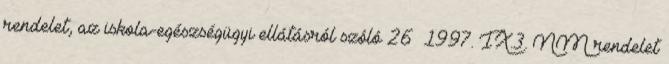
rendelet, az iskola-egészségügyi ellátásról szóló 26 1997. IX.3. NM rendelet